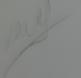
Signature authenticity: genuine